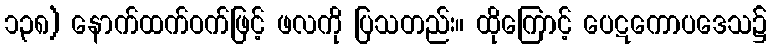
၁၃၈) နောက်ထက်ဝက်ဖြင့် ဖလကို ပြသတည်း။ ထိုကြောင့် ပေဋကောပဒေသ၌